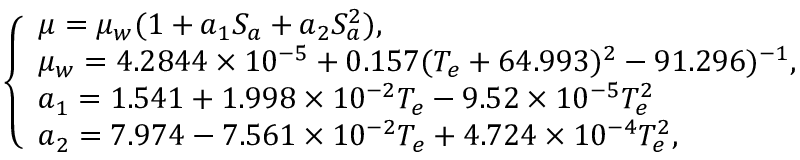
\left\{ \begin{array} { l } { \mu = \mu _ { w } ( 1 + a _ { 1 } S _ { a } + a _ { 2 } S _ { a } ^ { 2 } ) , } \\ { \mu _ { w } = 4 . 2 8 4 4 \times 1 0 ^ { - 5 } + 0 . 1 5 7 ( T _ { e } + 6 4 . 9 9 3 ) ^ { 2 } - 9 1 . 2 9 6 ) ^ { - 1 } , } \\ { a _ { 1 } = 1 . 5 4 1 + 1 . 9 9 8 \times 1 0 ^ { - 2 } T _ { e } - 9 . 5 2 \times 1 0 ^ { - 5 } T _ { e } ^ { 2 } } \\ { a _ { 2 } = 7 . 9 7 4 - 7 . 5 6 1 \times 1 0 ^ { - 2 } T _ { e } + 4 . 7 2 4 \times 1 0 ^ { - 4 } T _ { e } ^ { 2 } , } \end{array} \right.